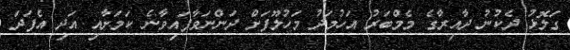
ގަލޮޅު ދެކުނު ދާއިރާގެ މެމްބަރު އަހުމަދު މަހުލޫފަށް ދަންނަވާފައިވާނެ ކަމަށާއި އަދި އެފަދަ